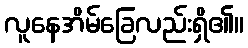
လူနေအိမ်ခြေလည်းရှိ၏။